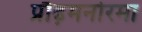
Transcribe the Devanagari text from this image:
प्रौढ़मनोरमा